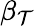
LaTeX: \beta_{\mathcal{T}}